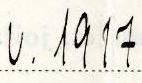
v. 1917